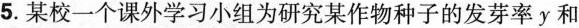
5. 某校一个课外学习小组为研究某作物种子的发芽率 y 和